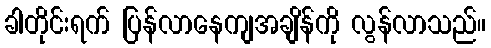
ခါတိုင်းရက် ပြန်လာနေကျအချိန်ကို လွန်လာသည်။